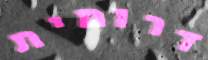
דרומית